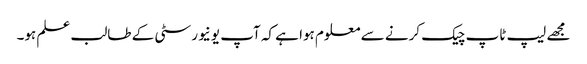
مجھے لیپ ٹاپ چیک کرنے سے معلوم ہوا ہے کہ آپ یونیورسٹی کے طالب علم ہو۔